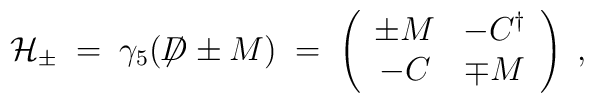
{\cal H}_\pm \;=\; \gamma_5 ( \not \!\! D \pm M ) \;=\; \left(\begin{array}{cc}\pm M & - C^\dagger \\- C & \mp M\end{array}\right) \; ,